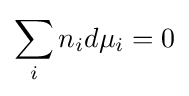
\sum _{i}n_{i}d\mu _{i}=0